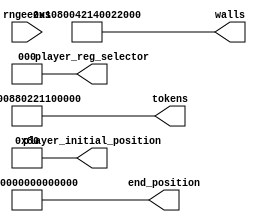
module level_six_rom_21 (
    input [1:0] rngeezus,
    output reg [63:0] player_initial_position,
    output reg [2:0] player_reg_selector,
    output reg [63:0] end_position,
    output reg [63:0] walls,
    output reg [63:0] tokens
  );
  
  
  
  always @* begin
    player_initial_position[0+7-:8] = 8'h80;
    player_initial_position[8+55-:56] = 56'h00000000000000;
    player_reg_selector = 3'h0;
    end_position[0+55-:56] = 56'h00000000000000;
    end_position[56+7-:8] = 8'h01;
    tokens[0+7-:8] = 8'h00;
    tokens[8+7-:8] = 8'h00;
    tokens[16+7-:8] = 8'h10;
    tokens[24+7-:8] = 8'h21;
    tokens[32+7-:8] = 8'h02;
    tokens[40+7-:8] = 8'h88;
    tokens[48+7-:8] = 8'h00;
    tokens[56+7-:8] = 8'h88;
    walls[0+7-:8] = 8'h00;
    walls[8+7-:8] = 8'h20;
    walls[16+7-:8] = 8'h02;
    walls[24+7-:8] = 8'h40;
    walls[32+7-:8] = 8'h21;
    walls[40+7-:8] = 8'h04;
    walls[48+7-:8] = 8'h80;
    walls[56+7-:8] = 8'h10;
  end
endmodule